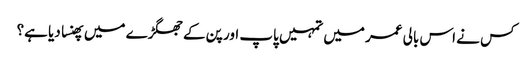
کس نے اس بالی عمر میں تمہیں پاپ اور پن کے جھگڑے میں پھنسا دیا ہے؟